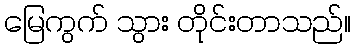
မြေကွက် သွား တိုင်းတာသည်။